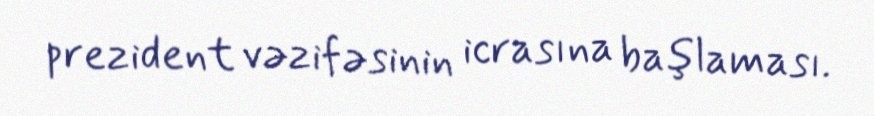
prezident vəzifəsinin icrasına başlaması.